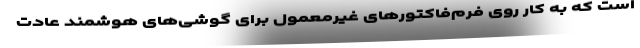
است که به کار روی فرم‌‌فاکتورهای غیرمعمول برای گوشی‌های هوشمند عادت